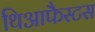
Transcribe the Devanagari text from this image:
थिआफैस्टस